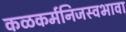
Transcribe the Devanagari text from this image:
कळकर्मनिजस्वभावा